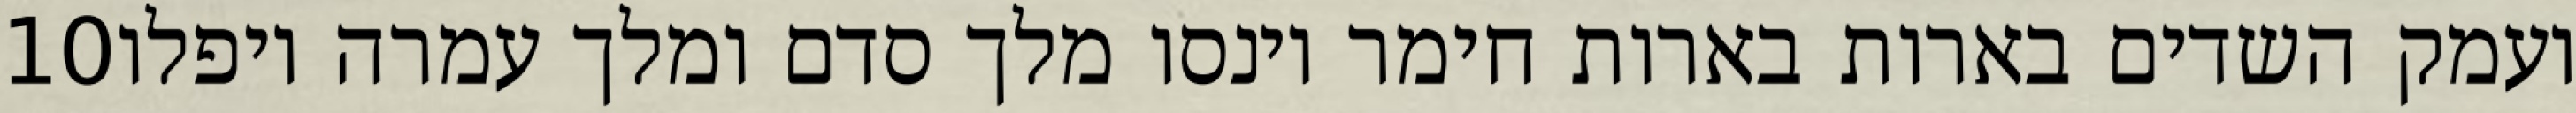
‎10‏ ועמק השדים בארות בארות חימר וינסו מלך סדם ומלך עמרה ויפלו